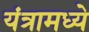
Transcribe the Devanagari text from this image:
यंत्रामध्ये